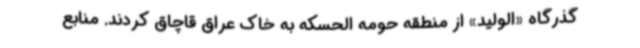
گذرگاه «الولید» از منطقه حومه الحسکه به خاک عراق قاچاق کردند. منابع